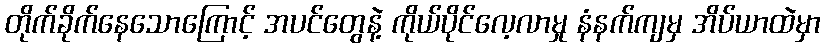
တိုက်ခိုက်နေသောကြောင့် အပင်တွေနဲ့ ကိုယ်ပိုင်လေ့လာမှု နံနက်ကျမှ အိပ်ယာထဲမှာ